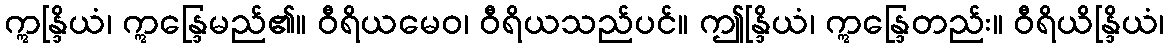
ဣန္ဒြိယံ၊ ဣန္ဒြေမည်၏။ ဝီရိယမေဝ၊ ဝီရိယသည်ပင်။ ဤန္ဒြိယံ၊ ဣန္ဒြေတည်း။ ဝီရိယိန္ဒြိယံ၊